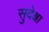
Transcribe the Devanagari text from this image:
सुदेश्ना